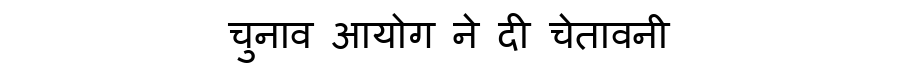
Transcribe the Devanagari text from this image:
चुनाव आयोग ने दी चेतावनी